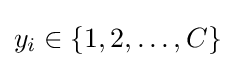
y_{i}\in \{1,2,\dots ,C\}